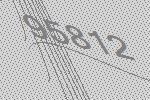
95812